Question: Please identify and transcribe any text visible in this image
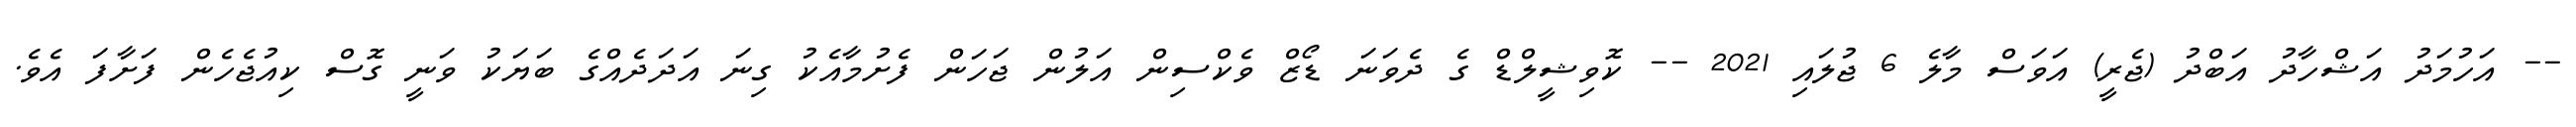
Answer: -- އަހުމަދު އަޝްހާދު އަބްދު (ޖެރީ) އަވަސް މާލެ 6 ޖުލައި 2021 -- ކޮވިޝީލްޑް ގެ ދެވަނަ ޑޯޒް ވެކްސިން އަލުން ޖަހަން ފެށުމާއެކު ގިނަ އަދަދެއްގެ ބަޔަކު ވަނީ ގޮސް ކިއުޖެހެން ފަށާފަ އެވެ.